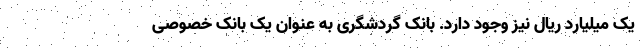
یک میلیارد ریال نیز وجود دارد. بانک گردشگری به عنوان یک بانک خصوصی